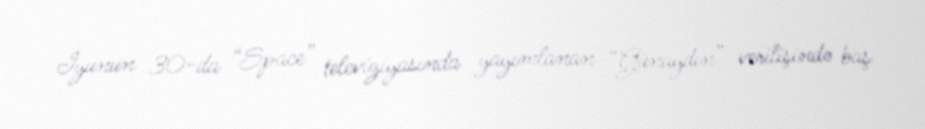
İyunun 30-da “Space” televiziyasında yayımlanan “Günaydın” verilişində baş